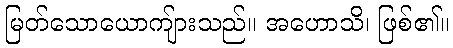
မြတ်သောယောကျ်ားသည်။ အဟောသိ၊ ဖြစ်၏။